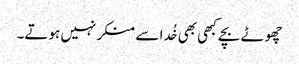
چھوٹے بچے کبھی بھی خُدا سے منکر نہیں ہوتے۔